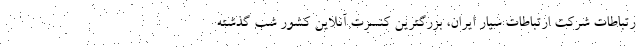
رتباطات شرکت ارتباطات سیار ایران، بزرگترین کنسرت آنلاین کشور شب گذشته